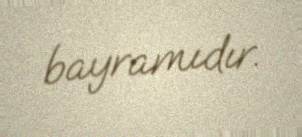
bayramıdır.